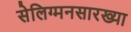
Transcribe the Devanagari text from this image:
सेलिग्मनसारख्या